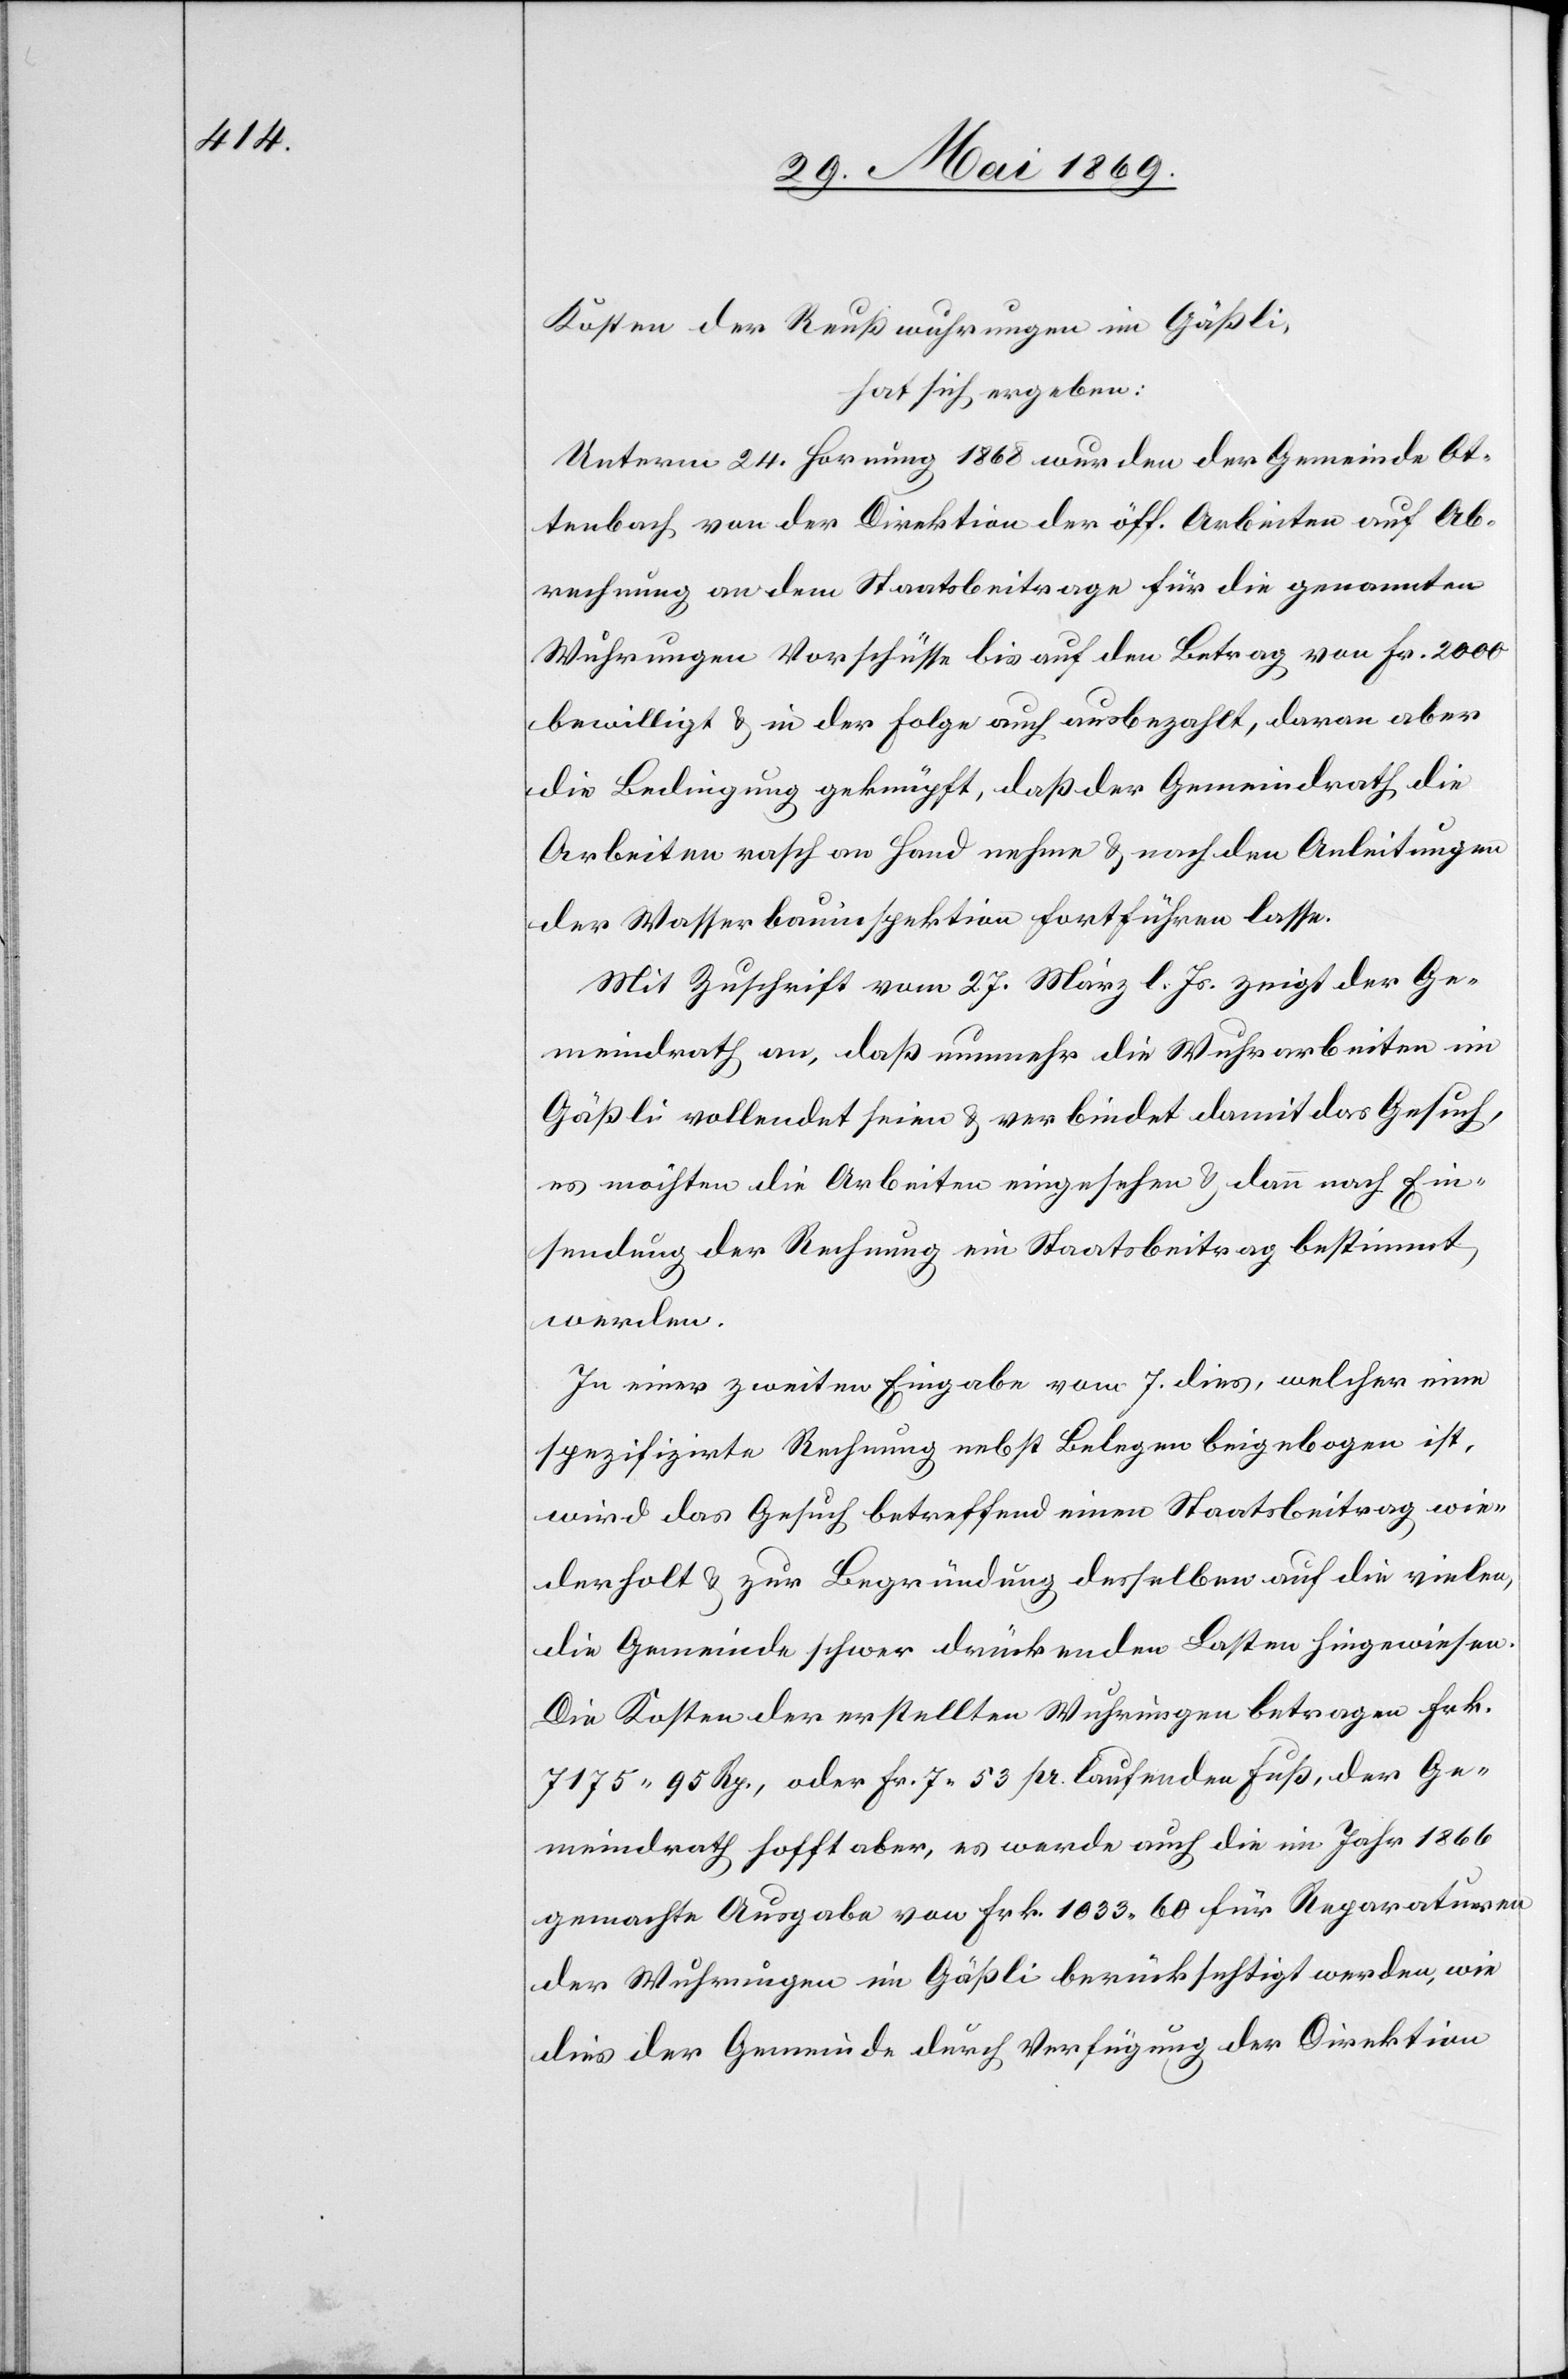
Kosten der Reußwuhrungen im Gäßli,
hat sich ergeben:
Unterm 24 Hornung 1868 wurden der Gemeinde Ot¬
tenbach von der Direktion der öff. Arbeiten auf Ab¬
rechnung an dem Staatsbeitrage für die genannten
Wuhrungen Vorschüsse bis auf den Betrag von Fr. 2000
bewilligt u. in der folge auch ausbezahlt, daran aber
die Bedingung geknüpft, daß der Gemeindrath die
Arbeiten rasch an Hand nehme u. nach den Anleitungen
der Wasserbauinspektion fortführen lasse.
Mit Zuschrift vom 27 März l. Js. zeigt der Ge¬
meindrath an, daß nunmehr die Wuhrarbeiten im
Gäßli vollendet seien u. verbindet damit das Gesuch,
es möchten die Arbeiten eingesehen u. dann nach Ein¬
sendung der Rechnung ein Staatsbeitrag bestimmt
die vielen,
In einer zweiten Eingabe vom 7 dies, welcher eine
spezifizirte Rechnung nebst Belegen beigegeben ist,
wird das Gesuch betreffend Staatsbeitrag wiederholt u.
die Gemeinde schwer drückenden Lasten hingewiesen.
Die Kosten der erstellten Wuhrungen betragen Frk.
7175.95 Rp., oder Fr. 7.53 pr. laufenden Fuß, der Ge¬
meindrath hofft aber, es werde auch die im Jahr 1866
gemacht Ausgabe von Frk. 1033.60 für Reparaturen
der Wuhrungen im Gäßli berücksichtigt werden, wie
dies der Gemeinde durch Verfügung der Direktion